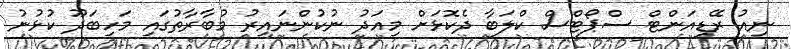
ނިއު ރޭޑިއަންޓް ސްޕޯޓްސް ކްލަބާ ދެކޮޅަށް މިއަދު ނުކުންނައިރު މުބާރާތުގައި މަހިބަދޫ ކުޅުނު